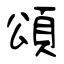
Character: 頌